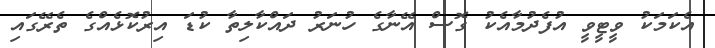
އެކަމަކު ވީޓީވީ އުފެދުމާއެކު ގޮސް އޭނާގެ ހުނަރު ދައްކާލިތާ ކުޑަ އިރުކޮޅެއްގެ ތެރޭގައި